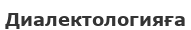
Диалектологияға